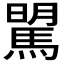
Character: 𩣶